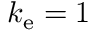
k _ { \mathrm { e } } = 1